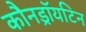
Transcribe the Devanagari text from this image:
कौनड्रॉयटिन